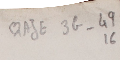
QAJE3G_49 16